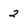
Character: 2